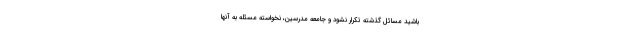
باشید مسائل گذشته تكرار نشود و جامعه مدرسین، نخواسته مسئله به آنها